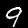
Label: 9